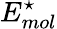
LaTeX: E_{mol}^{\star}